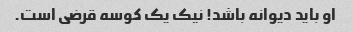
او باید دیوانه باشد! نیک یک کوسه قرضی است.